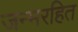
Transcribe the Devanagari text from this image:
जन्मरहित